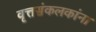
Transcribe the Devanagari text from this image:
वृत्तसंकलकांना